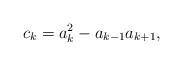
LaTeX: \begin{align*} c_k = a_k^2 - a_{k-1}a_{k+1}, \end{align*}